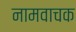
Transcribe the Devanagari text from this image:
नामवाचक